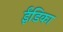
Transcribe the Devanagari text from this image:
ईंडिका